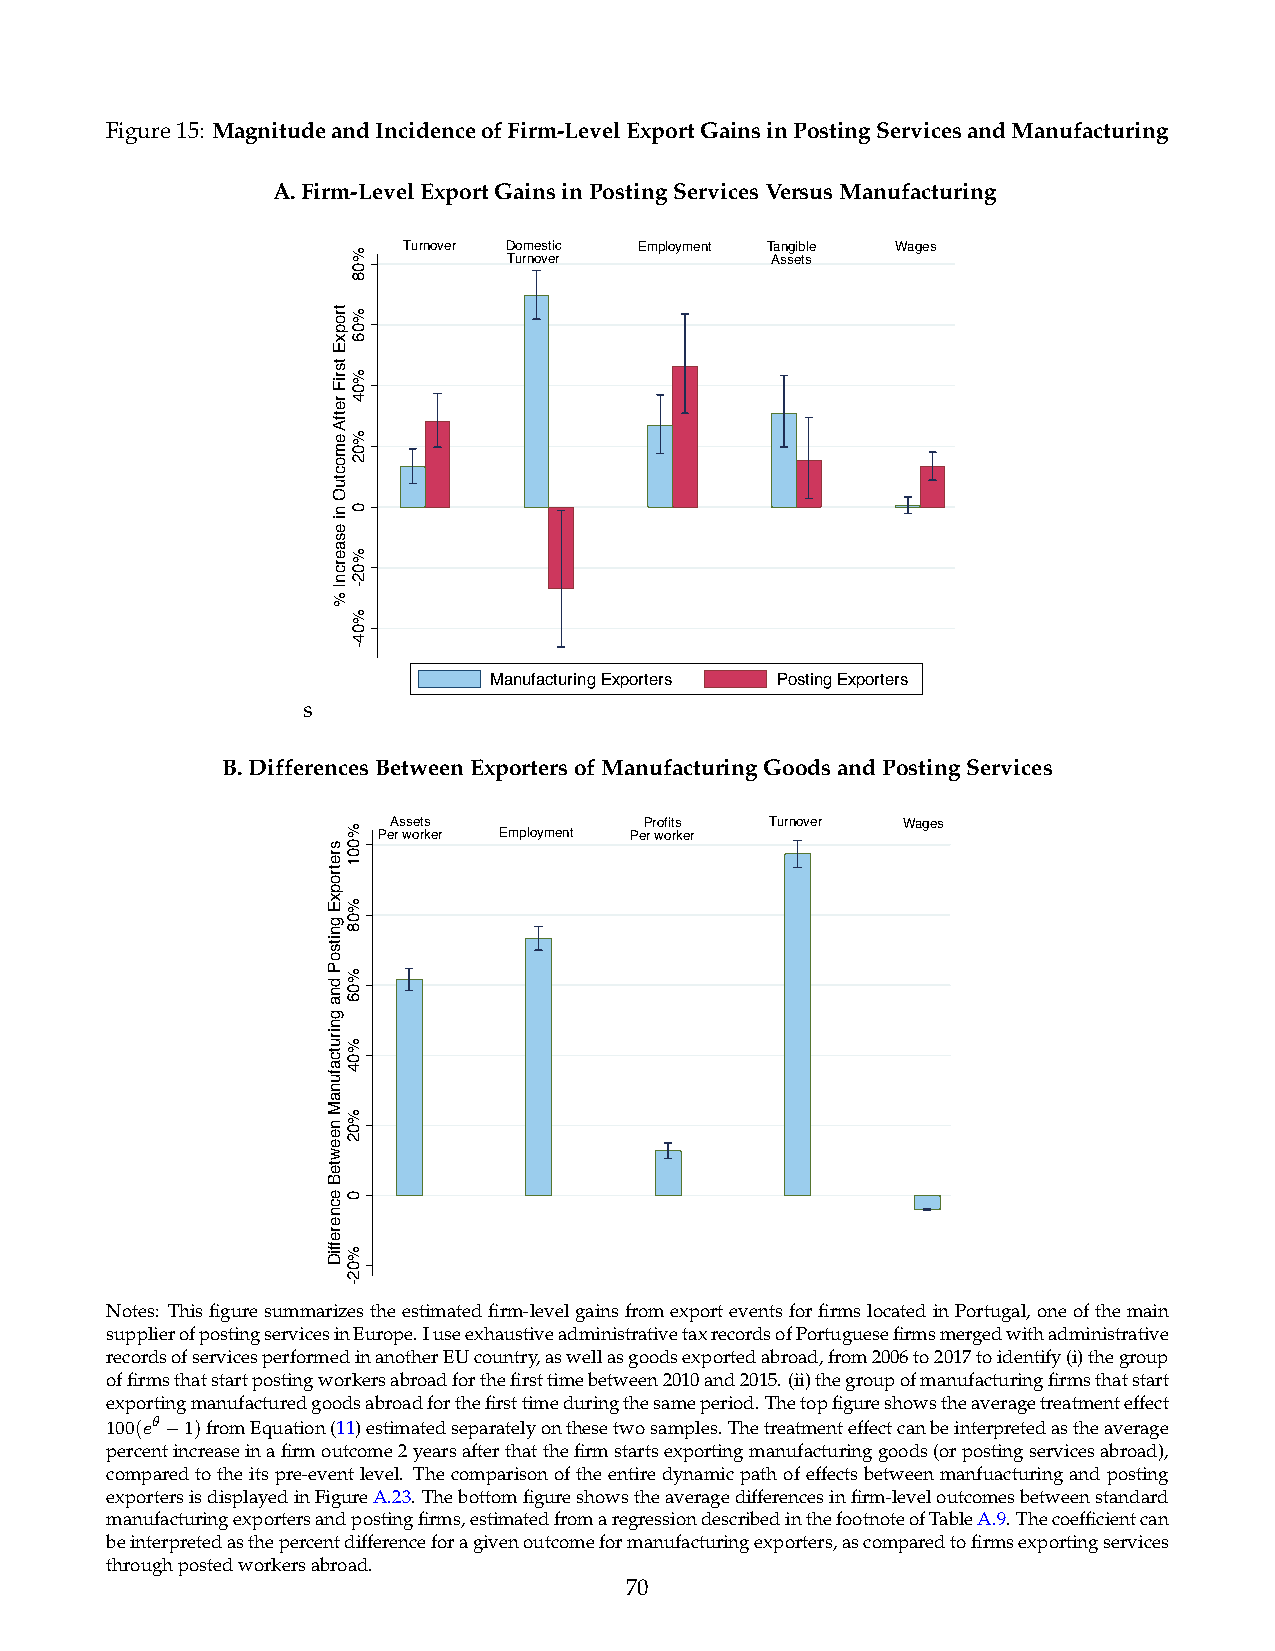
Figure15: MagnitudeandIncidenceofFirm-LevelExportGainsinPostingServicesandManufacturing
 A.Firm-LevelExportGainsinPostingServicesVersusManufacturing
 Turnover Domestic Employment Tangible Wages
 Turnover         Assets
 Manufacturing Exporters Posting Exporters
 s
 B.DifferencesBetweenExportersofManufacturingGoodsandPostingServices
 Assets           Profits Turnover Wages Per worker Employment Per worker
 Notes: Thisfiguresummarizestheestimatedfirm-levelgainsfromexporteventsforfirmslocatedinPortugal,oneofthemain
 supplierofpostingservicesinEurope.IuseexhaustiveadministrativetaxrecordsofPortuguesefirmsmergedwithadministrative
 recordsofservicesperformedinanotherEUcountry,aswellasgoodsexportedabroad,from2006to2017toidentify(i)thegroup
 offirmsthatstartpostingworkersabroadforthefirsttimebetween2010and2015.(ii)thegroupofmanufacturingfirmsthatstart
 exportingmanufacturedgoodsabroadforthefirsttimeduringthesameperiod.Thetopfigureshowstheaveragetreatmenteffect
 100(e✓ 1)fromEquation(11)estimatedseparatelyonthesetwosamples.Thetreatmenteffectcanbeinterpretedastheaverage

 percentincreaseinafirmoutcome2yearsafterthatthefirmstartsexportingmanufacturinggoods(orpostingservicesabroad),
 comparedtotheitspre-eventlevel. Thecomparisonoftheentiredynamicpathofeffectsbetweenmanfuacturingandposting
 exportersisdisplayedinFigureA.23. Thebottomfigureshowstheaveragedifferencesinfirm-leveloutcomesbetweenstandard
 manufacturingexportersandpostingfirms,estimatedfromaregressiondescribedinthefootnoteofTableA.9.Thecoefficientcan
 beinterpretedasthepercentdifferenceforagivenoutcomeformanufacturingexporters,ascomparedtofirmsexportingservices
 throughpostedworkersabroad.
 70
 tropxE
 tsriF
 retfA
 emoctuO
 ni
 esaercnI
 %
 sretropxE
 gnitsoP
 dna
 gnirutcafunaM
 neewteB
 ecnereffiD
 %08
 %06
 %04
 %02
 0
 %02-
 %04-
 %001
 %08
 %06
 %04
 %02
 0
 %02-